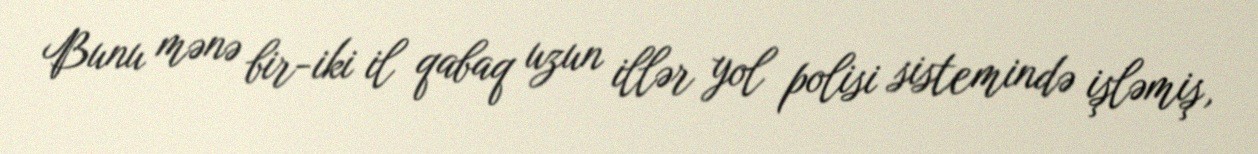
Bunu mənə bir-iki il qabaq uzun illər yol polisi sistemində işləmiş,